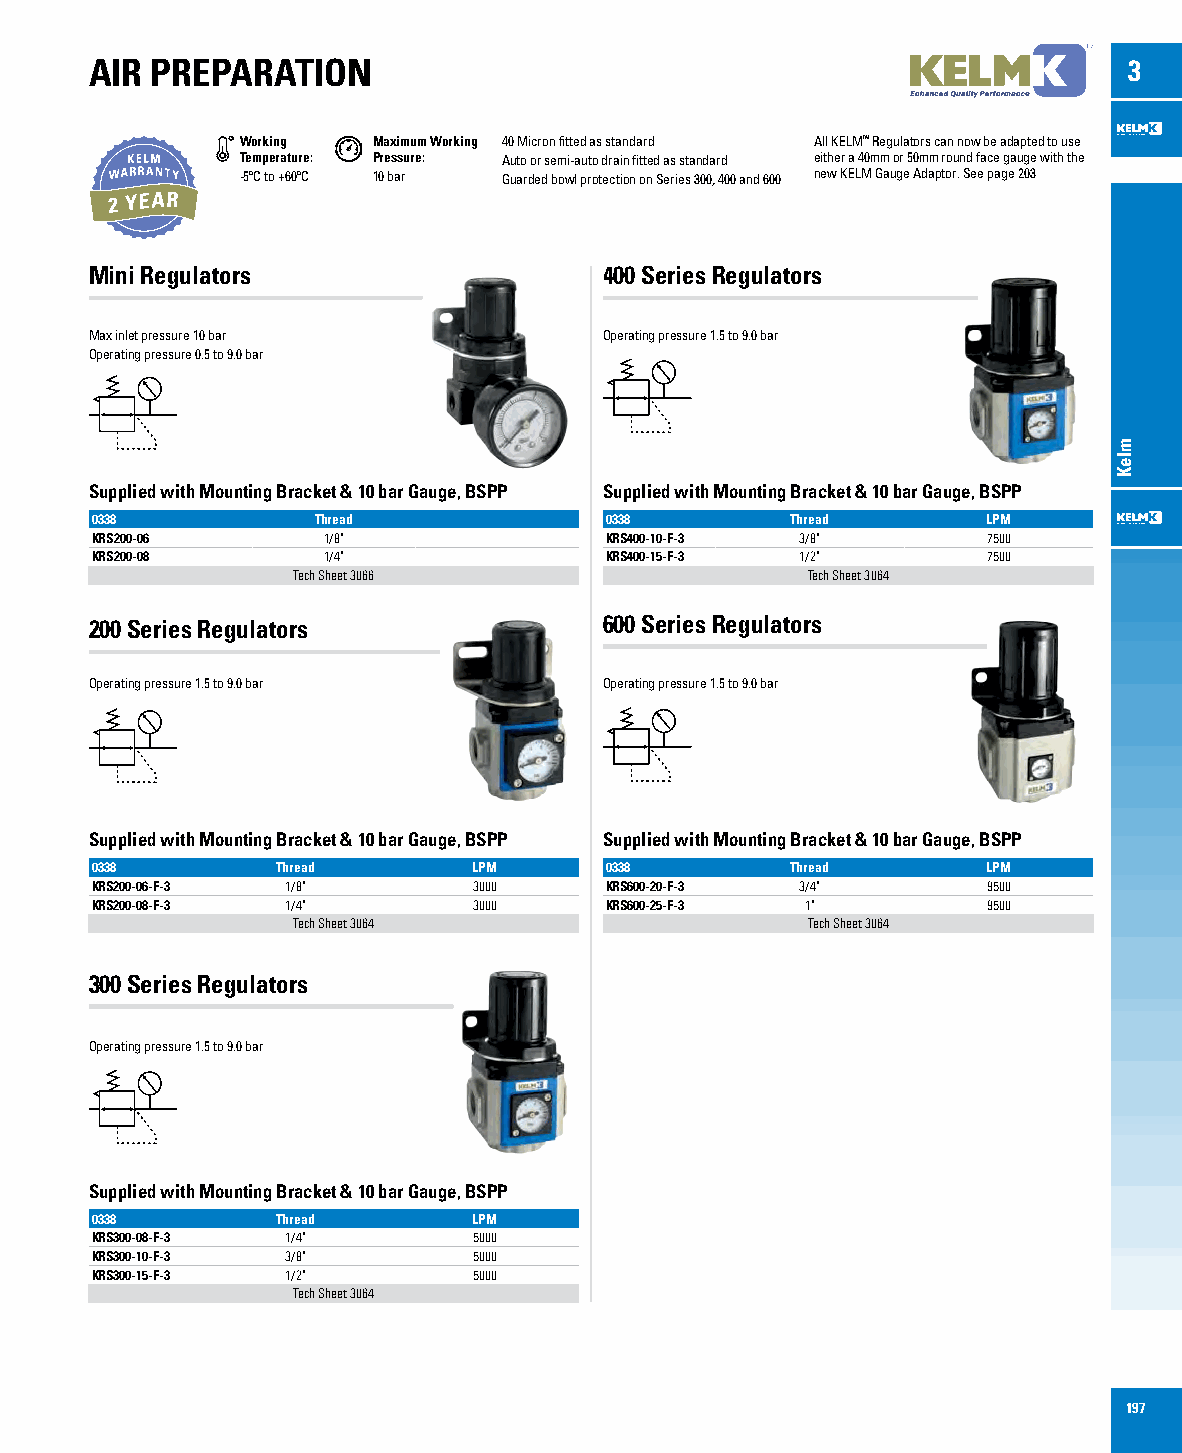
AIR PREPARATION                                                      3
 Working  Maximum Working 40 Micron fitted as standard All KELM™ Regulators can now be adapted to use
 Temperature: Pressure: Auto or semi-auto drain fitted as standard either a 40mm or 50mm round face gauge with the
 -5ºC to +60ºC 10 bar Guarded bowl protection on Series 300, 400 and 600 new KELM Gauge Adaptor. See page 203
 Mini Regulators                   400 Series Regulators
 Max inlet pressure 10 bar         Operating pressure 1.5 to 9.0 bar
 Operating pressure 0.5 to 9.0 bar
 Supplied with Mounting Bracket & 10 bar Gauge, BSPP Supplied with Mounting Bracket & 10 bar Gauge, BSPP
 0338           Thread             0338        Thread       LPM
 KRS200-06      1/8"               KRS400-10-F-3 3/8"       7500
 KRS200-08      1/4"               KRS400-15-F-3 1/2"       7500
 Tech Sheet 3066                   Tech Sheet 3064
 200 Series Regulators             600 Series Regulators
 Operating pressure 1.5 to 9.0 bar Operating pressure 1.5 to 9.0 bar
 Supplied with Mounting Bracket & 10 bar Gauge, BSPP Supplied with Mounting Bracket & 10 bar Gauge, BSPP
 0338        Thread       LPM      0338        Thread       LPM
 KRS200-06-F-3 1/8"       3000     KRS600-20-F-3 3/4"       9500
 KRS200-08-F-3 1/4"       3000     KRS600-25-F-3 1"         9500
 Tech Sheet 3064                   Tech Sheet 3064
 300 Series Regulators
 Operating pressure 1.5 to 9.0 bar
 Supplied with Mounting Bracket & 10 bar Gauge, BSPP
 0338        Thread       LPM
 KRS300-08-F-3 1/4"       5000
 KRS300-10-F-3 3/8"       5000
 KRS300-15-F-3 1/2"       5000
 Tech Sheet 3064
 197
 mleK